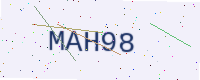
Text: MAH98